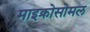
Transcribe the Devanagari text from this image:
माइक्रोसोमल